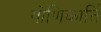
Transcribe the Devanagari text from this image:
गोणिकार्ति